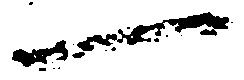
一